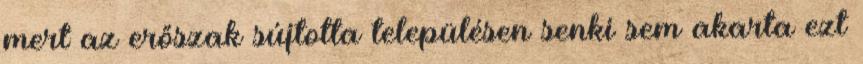
mert az erőszak sújtotta településen senki sem akarta ezt